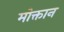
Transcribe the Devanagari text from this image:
मोक्तान